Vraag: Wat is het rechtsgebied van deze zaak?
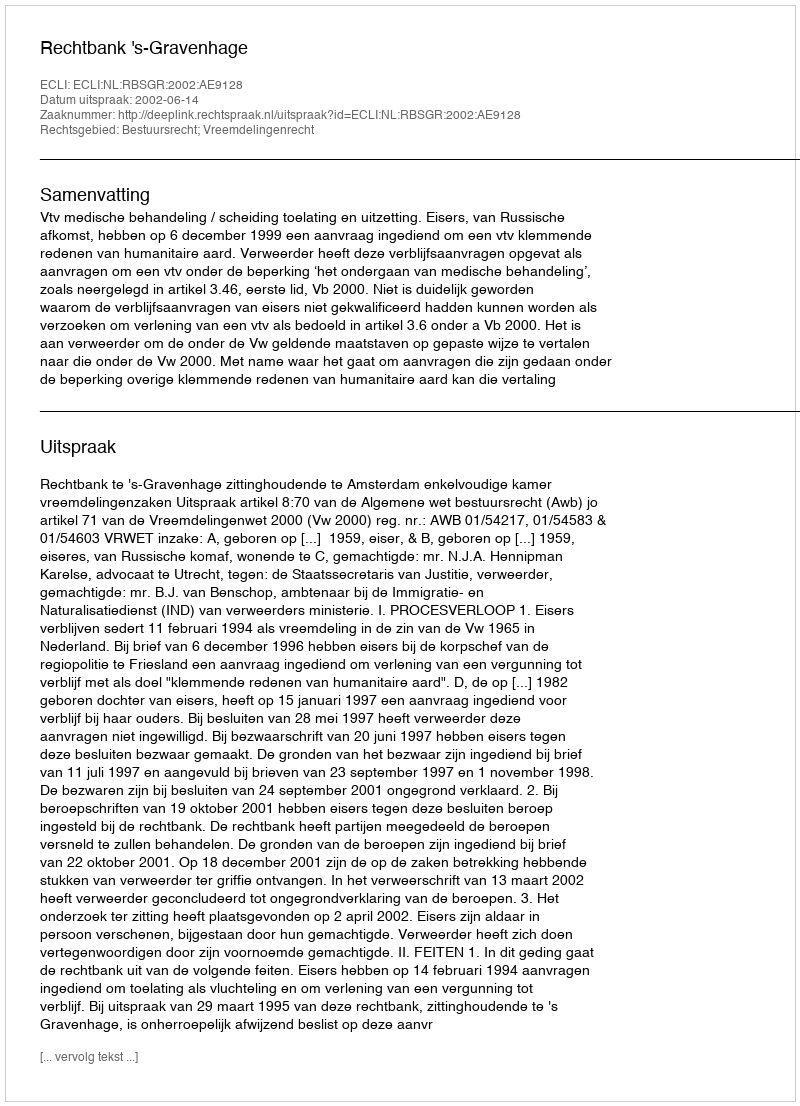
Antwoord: Bestuursrecht; Vreemdelingenrecht